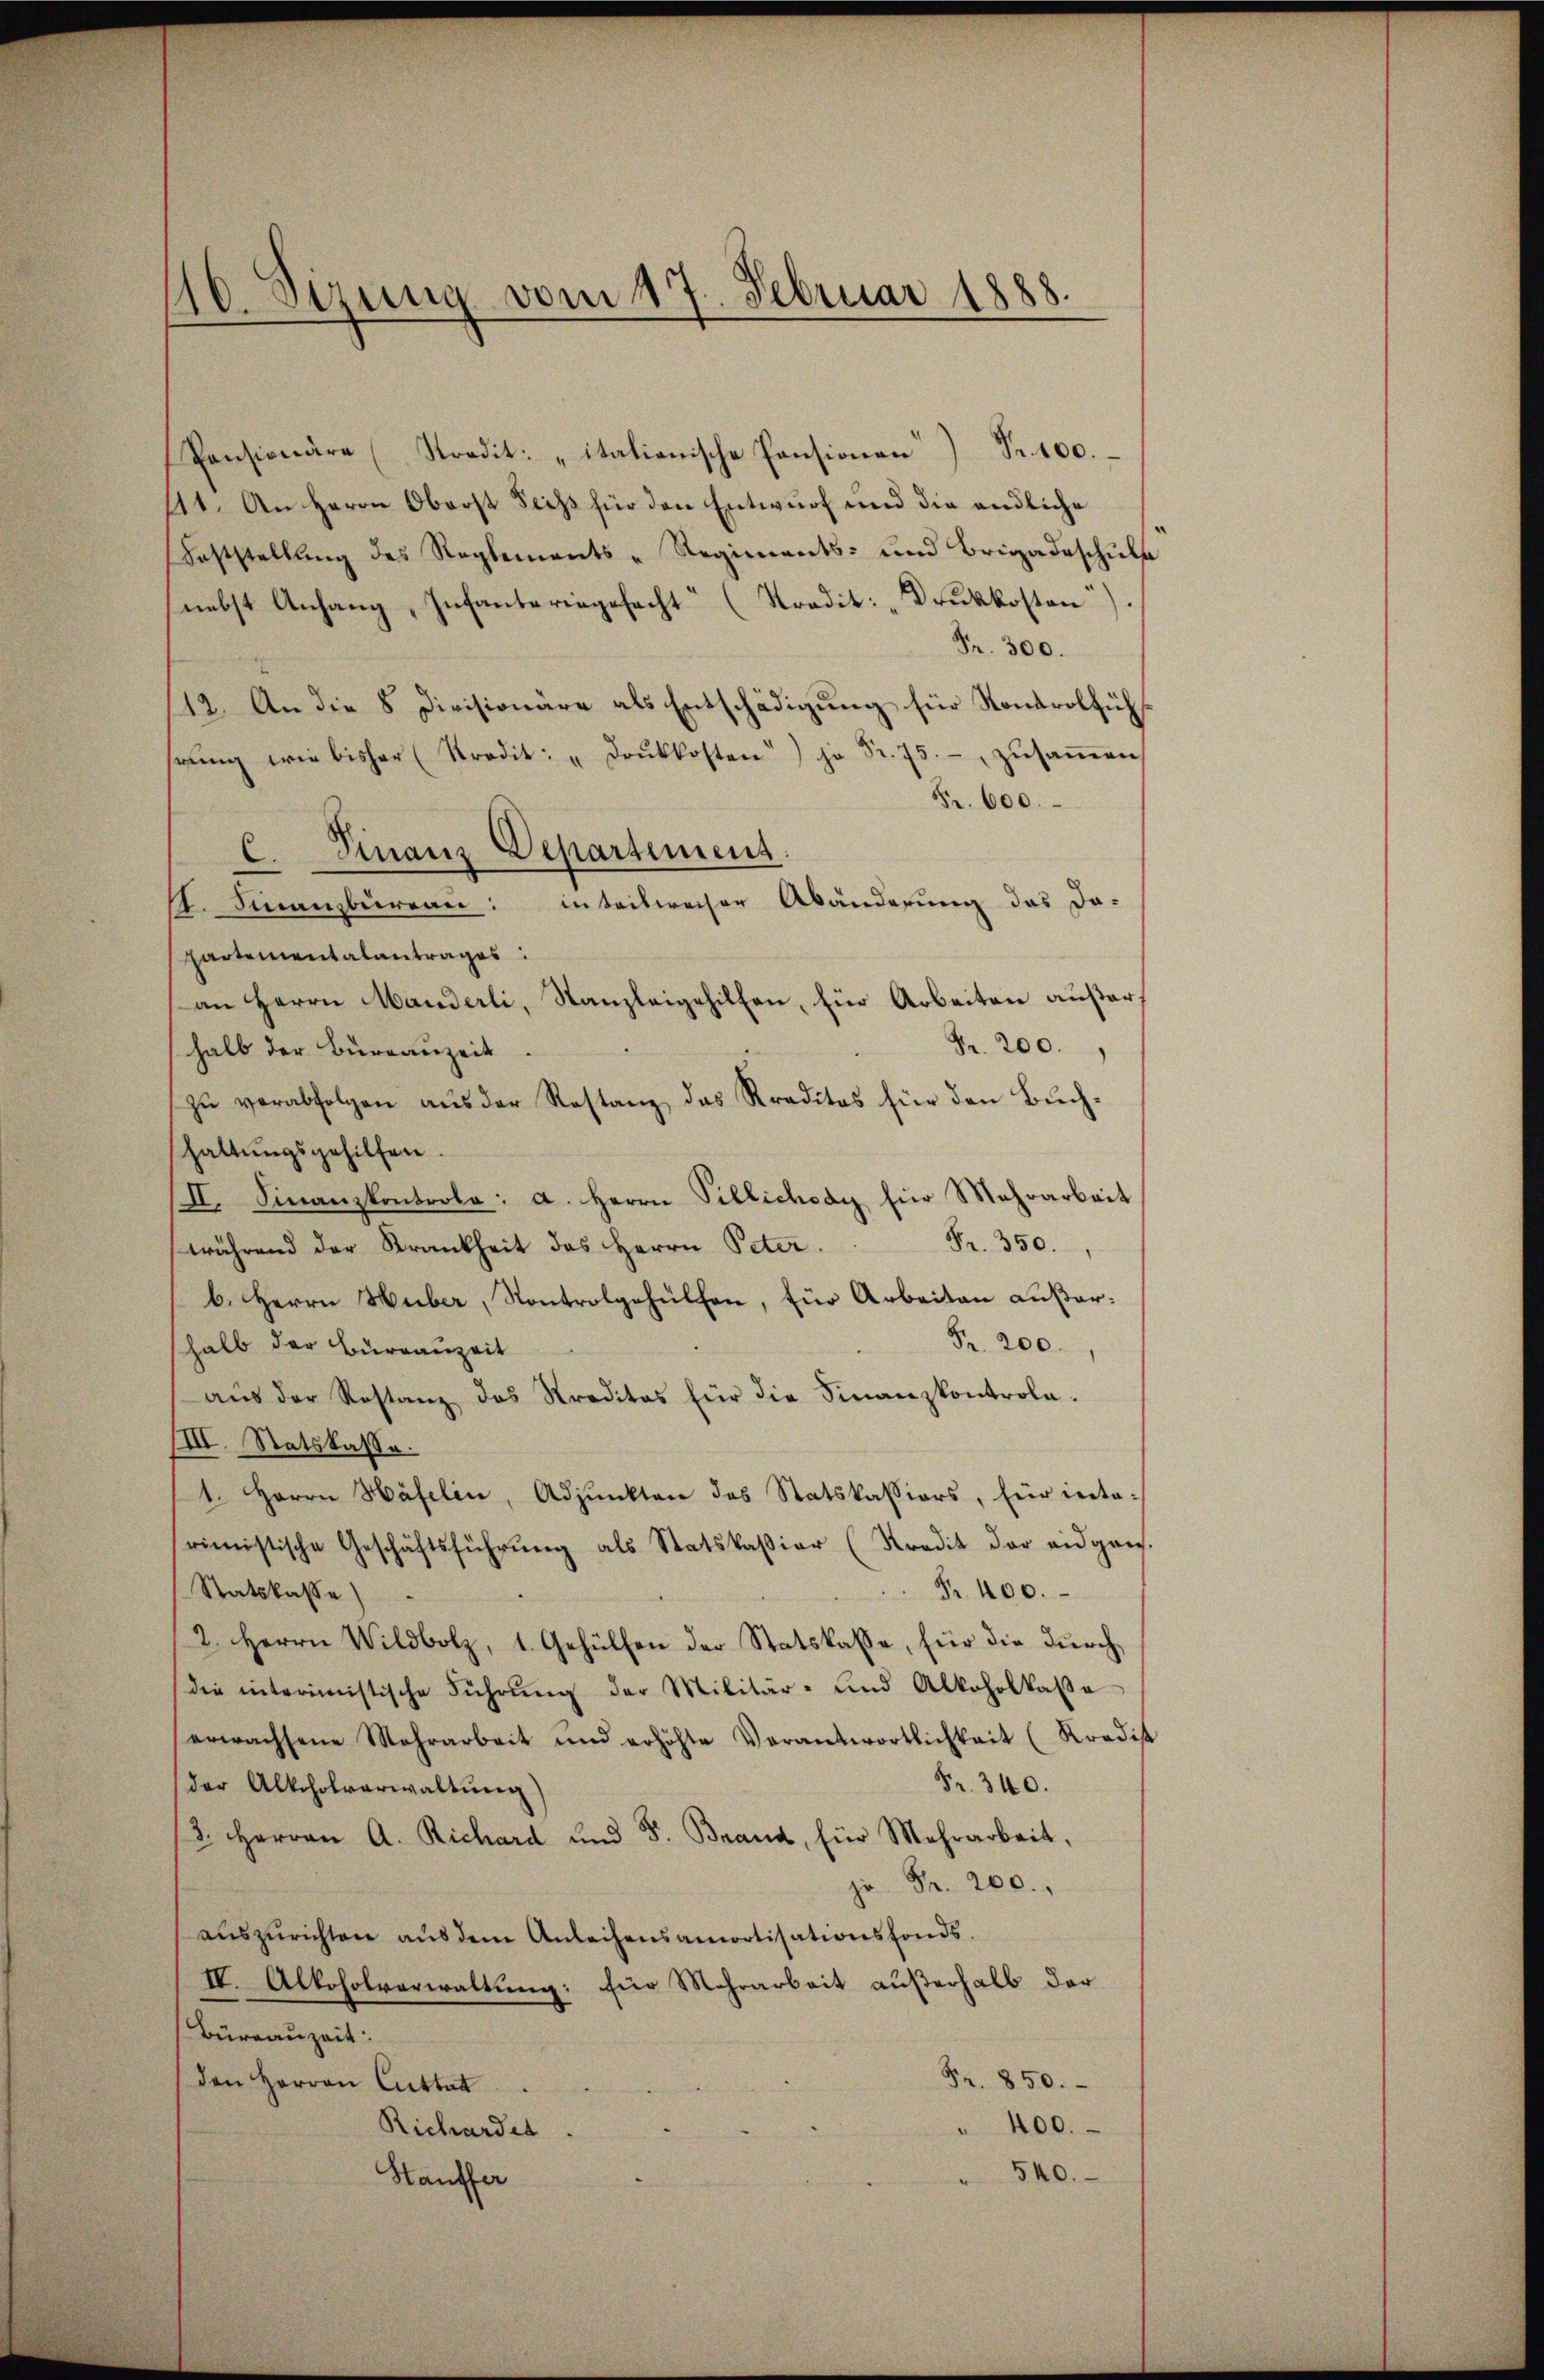
Pensionäre (Stradit: "italienische Pensionen) Fr. 100.
111. An Herrn Oberst Sechs für den Entwurf und die endliche
Feststellung des Reglements-Regiments- und Brigadeschuls
nebst Anhang, Infanteringefecht“ (Stradit: „Druckkosten).
Fr. 300.
12. An die 8 Divisionäre als Entschädigung für Kontrolfühstŭng wie bisher (Kradit: "Drŭkkosten) je Fr. 75.- zŭsaṁen
Fr. 600.
C. Finanz Departement
. Finanzburgau: inteilweiser Abänderung das da-
Partementalantrages
an Herrn Manderli, Kanzleigehilfen, für Arbeiten außer
Pr. 200.
halb der Bureauzeit
zŭ verabfolgen aŭs der Rostanz das Kreditas für den Bŭch-
haltungsgehilfen.
III. Finanzkontrole: a. Herrn Villichsag für Mehrarbeit
Fr. 350.
während der Krankheit des Herrn Peter.
b. Herrn Huber, Kontrolgehülfen, für Arbeiten außer¬
Pr. 200.
halb der Burrauzeit
aŭs der Restanz das Kreditas für die Finanzkontrola-
IIII. Statskasse.
1. Herrn Häfelin, Adjunkten des Statskassions, für intarimistische Geschäftsführŭng als Statskassion (Kredit der eidgen.
R. 400.
Statskasse)
2. Herrn Wildbolz, 1. Gehülfen der Statskasse, für die durch
die interimistische Führŭng der Militär- und Alkoholkaβe
erwachsene Mehrarbeit und erhöhte Verantwortlichkeit (Kradist
Fr. 340.
der Altcholverwaltung)
/3. Herrn A. Richard und F. Brand, für Mehrarbeit,
 Fr. 200.
auszurichten aus dem Anleihensamortisationsfonds.
IV. Alkoholverwaltung: für Mehrarbeit außerhalb der
Büraauzeit:
Fr. 850.
den Herren Cuttat.
" 400.
Richardes
540.
Hauffer

16. Sizung vom 17. Februar 1888.